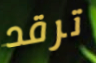
ترقد